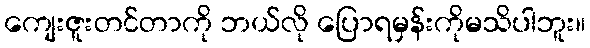
ကျေးဇူးတင်တာကို ဘယ်လို ပြောရမှန်းကိုမသိပါဘူး။